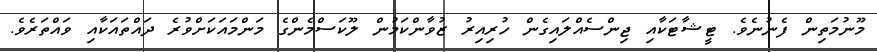
މޫނުމަތިން ފެނުނެވެ. ޓީޝާޓަކާއި ޖިންސެއްލައިގެން ހުރިއިރު ޒުވާންކަމުން ލޫކަސްމެންގެ މަންމައަކަށްވުރެ ދައްތައަކާއި ވައްތަރެވެ.